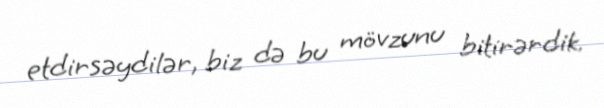
etdirsəydilər, biz də bu mövzunu bitirərdik.